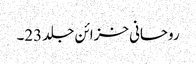
روحانی خزائن جلد 23۔